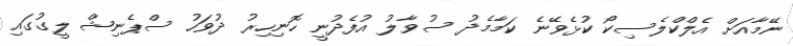
ނޭމާއަށް އެލްކްލެސިކޯ ކުޅެވޭނެ ކަމާމެދު ސުވާލު އުފެދުނީ ހޮނިހިރު ދުވަހު ސްޕެނިޝް ލީގުގައި